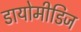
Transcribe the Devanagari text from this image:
डायोमीडिज